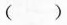
（）